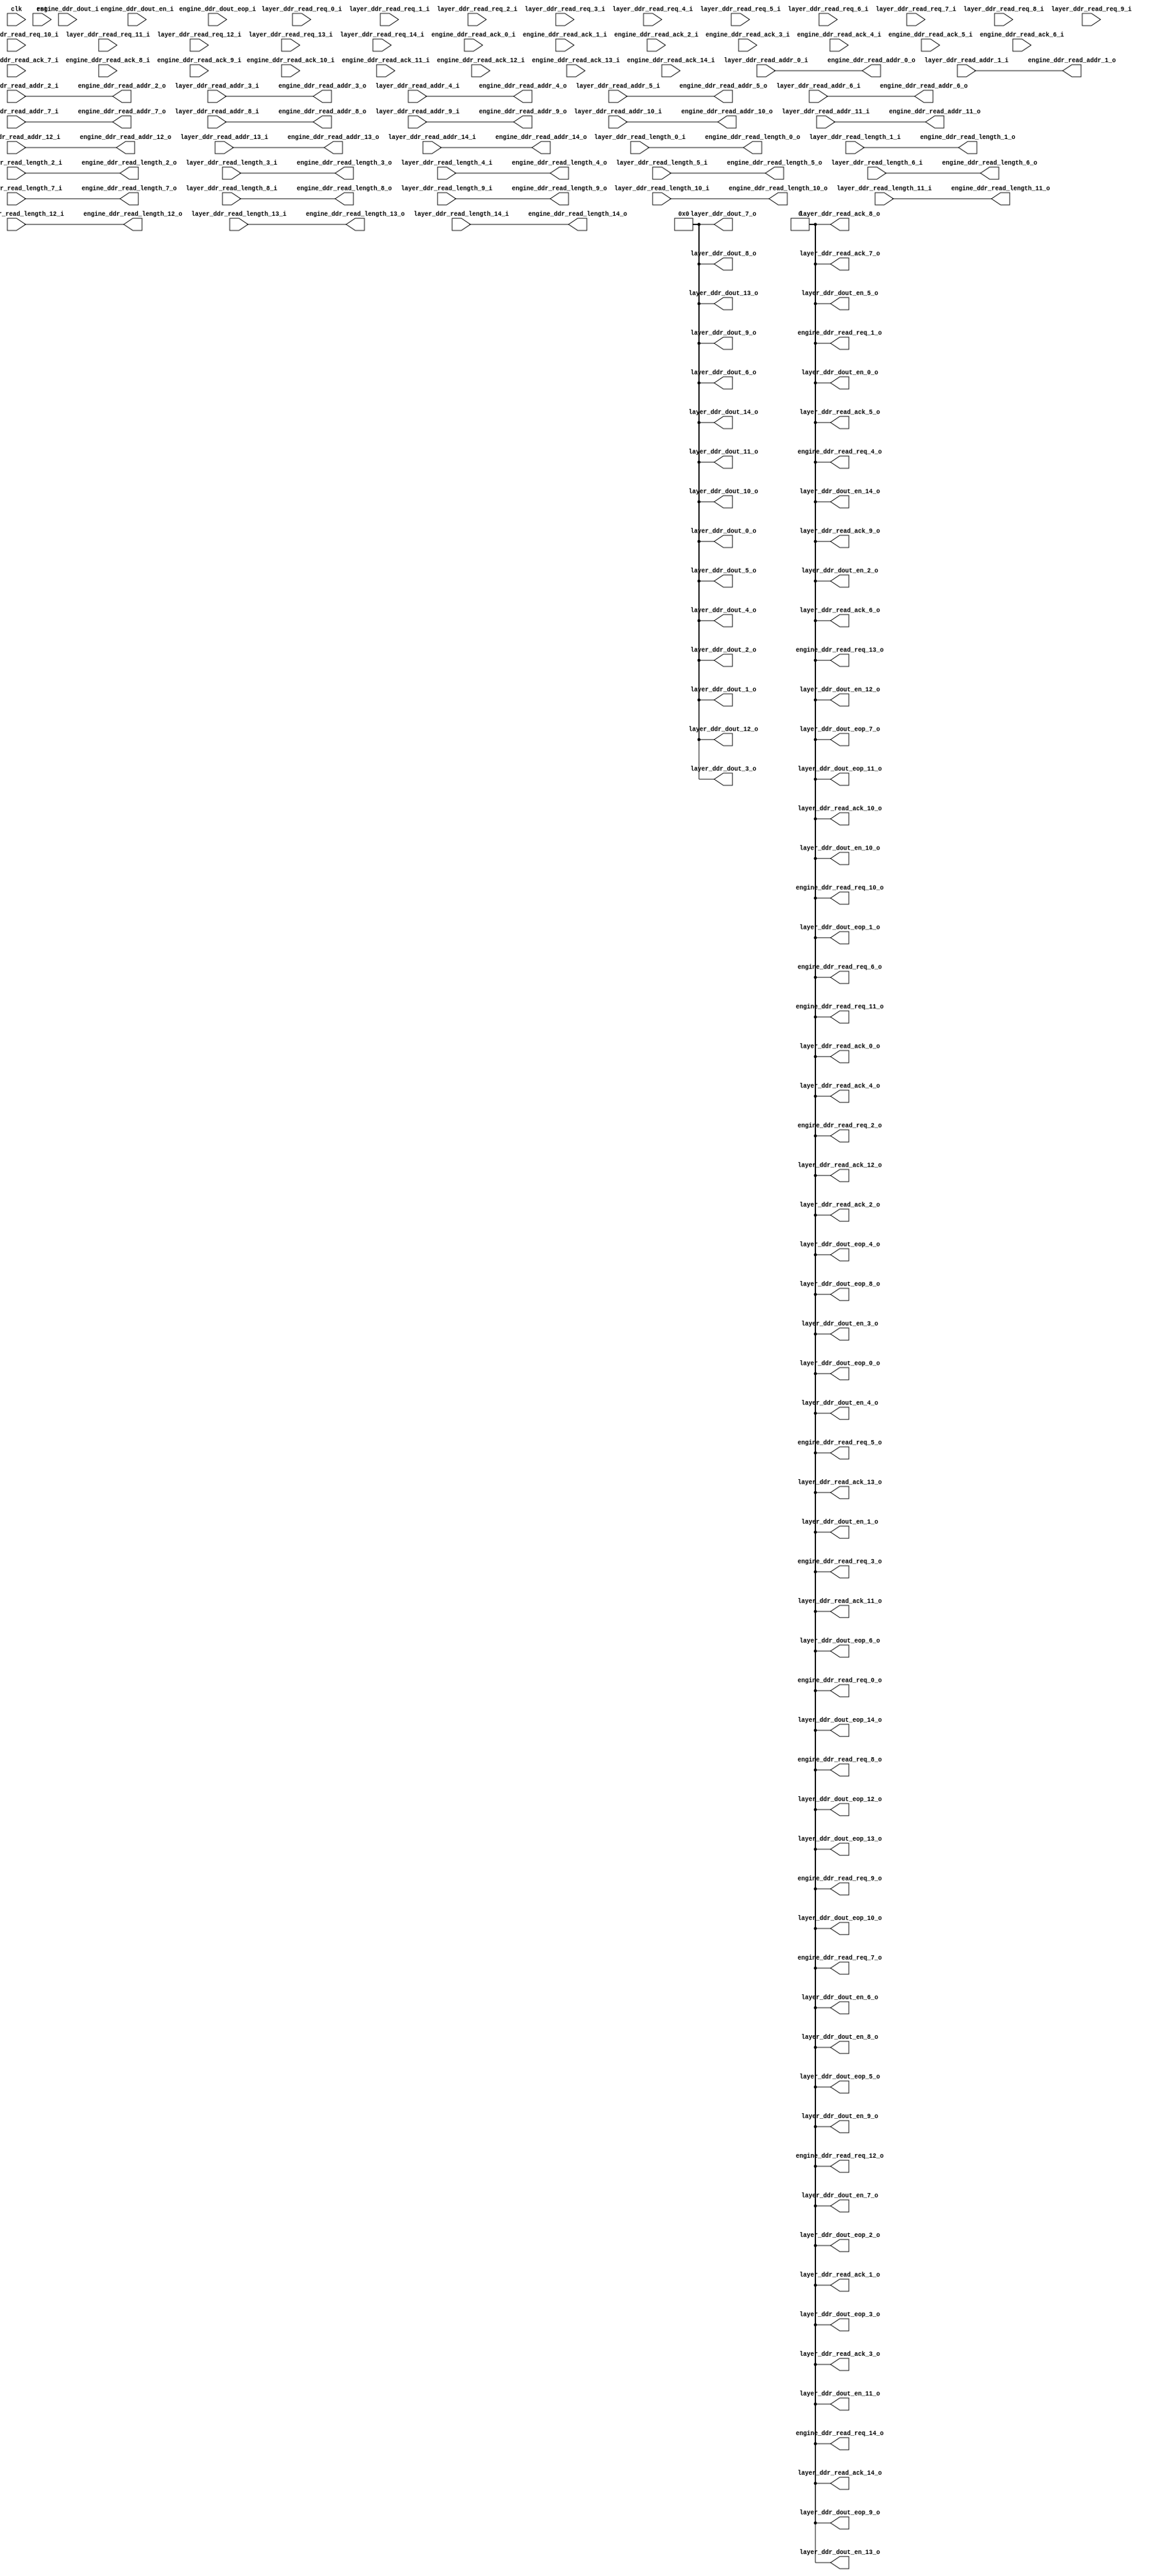
// This program was cloned from: https://github.com/IBM/AccDNN
// License: Apache License 2.0

module ddr_read_delay
(
    clk,
    rst,

    layer_ddr_read_req_0_i,
    layer_ddr_read_length_0_i,
    layer_ddr_read_addr_0_i,
    layer_ddr_read_ack_0_o,
    layer_ddr_dout_en_0_o,
    layer_ddr_dout_0_o,
    layer_ddr_dout_eop_0_o,

    layer_ddr_read_req_1_i,
    layer_ddr_read_length_1_i,
    layer_ddr_read_addr_1_i,
    layer_ddr_read_ack_1_o,
    layer_ddr_dout_en_1_o,
    layer_ddr_dout_1_o,
    layer_ddr_dout_eop_1_o,

    layer_ddr_read_req_2_i,
    layer_ddr_read_length_2_i,
    layer_ddr_read_addr_2_i,
    layer_ddr_read_ack_2_o,
    layer_ddr_dout_en_2_o,
    layer_ddr_dout_2_o,
    layer_ddr_dout_eop_2_o,

    layer_ddr_read_req_3_i,
    layer_ddr_read_length_3_i,
    layer_ddr_read_addr_3_i,
    layer_ddr_read_ack_3_o,
    layer_ddr_dout_en_3_o,
    layer_ddr_dout_3_o,
    layer_ddr_dout_eop_3_o,

    layer_ddr_read_req_4_i,
    layer_ddr_read_length_4_i,
    layer_ddr_read_addr_4_i,
    layer_ddr_read_ack_4_o,
    layer_ddr_dout_en_4_o,
    layer_ddr_dout_4_o,
    layer_ddr_dout_eop_4_o,

    layer_ddr_read_req_5_i,
    layer_ddr_read_length_5_i,
    layer_ddr_read_addr_5_i,
    layer_ddr_read_ack_5_o,
    layer_ddr_dout_en_5_o,
    layer_ddr_dout_5_o,
    layer_ddr_dout_eop_5_o,

    layer_ddr_read_req_6_i,
    layer_ddr_read_length_6_i,
    layer_ddr_read_addr_6_i,
    layer_ddr_read_ack_6_o,
    layer_ddr_dout_en_6_o,
    layer_ddr_dout_6_o,
    layer_ddr_dout_eop_6_o,

    layer_ddr_read_req_7_i,
    layer_ddr_read_length_7_i,
    layer_ddr_read_addr_7_i,
    layer_ddr_read_ack_7_o,
    layer_ddr_dout_en_7_o,
    layer_ddr_dout_7_o,
    layer_ddr_dout_eop_7_o,

    layer_ddr_read_req_8_i,
    layer_ddr_read_length_8_i,
    layer_ddr_read_addr_8_i,
    layer_ddr_read_ack_8_o,
    layer_ddr_dout_en_8_o,
    layer_ddr_dout_8_o,
    layer_ddr_dout_eop_8_o,

    layer_ddr_read_req_9_i,
    layer_ddr_read_length_9_i,
    layer_ddr_read_addr_9_i,
    layer_ddr_read_ack_9_o,
    layer_ddr_dout_en_9_o,
    layer_ddr_dout_9_o,
    layer_ddr_dout_eop_9_o,

    layer_ddr_read_req_10_i,
    layer_ddr_read_length_10_i,
    layer_ddr_read_addr_10_i,
    layer_ddr_read_ack_10_o,
    layer_ddr_dout_en_10_o,
    layer_ddr_dout_10_o,
    layer_ddr_dout_eop_10_o,

    layer_ddr_read_req_11_i,
    layer_ddr_read_length_11_i,
    layer_ddr_read_addr_11_i,
    layer_ddr_read_ack_11_o,
    layer_ddr_dout_en_11_o,
    layer_ddr_dout_11_o,
    layer_ddr_dout_eop_11_o,

    layer_ddr_read_req_12_i,
    layer_ddr_read_length_12_i,
    layer_ddr_read_addr_12_i,
    layer_ddr_read_ack_12_o,
    layer_ddr_dout_en_12_o,
    layer_ddr_dout_12_o,
    layer_ddr_dout_eop_12_o,

    layer_ddr_read_req_13_i,
    layer_ddr_read_length_13_i,
    layer_ddr_read_addr_13_i,
    layer_ddr_read_ack_13_o,
    layer_ddr_dout_en_13_o,
    layer_ddr_dout_13_o,
    layer_ddr_dout_eop_13_o,

    layer_ddr_read_req_14_i,
    layer_ddr_read_length_14_i,
    layer_ddr_read_addr_14_i,
    layer_ddr_read_ack_14_o,
    layer_ddr_dout_en_14_o,
    layer_ddr_dout_14_o,
    layer_ddr_dout_eop_14_o,


    engine_ddr_read_req_0_o,
    engine_ddr_read_length_0_o,
    engine_ddr_read_addr_0_o,
    engine_ddr_read_ack_0_i,

    engine_ddr_read_req_1_o,
    engine_ddr_read_length_1_o,
    engine_ddr_read_addr_1_o,
    engine_ddr_read_ack_1_i,

    engine_ddr_read_req_2_o,
    engine_ddr_read_length_2_o,
    engine_ddr_read_addr_2_o,
    engine_ddr_read_ack_2_i,

    engine_ddr_read_req_3_o,
    engine_ddr_read_length_3_o,
    engine_ddr_read_addr_3_o,
    engine_ddr_read_ack_3_i,

    engine_ddr_read_req_4_o,
    engine_ddr_read_length_4_o,
    engine_ddr_read_addr_4_o,
    engine_ddr_read_ack_4_i,

    engine_ddr_read_req_5_o,
    engine_ddr_read_length_5_o,
    engine_ddr_read_addr_5_o,
    engine_ddr_read_ack_5_i,

    engine_ddr_read_req_6_o,
    engine_ddr_read_length_6_o,
    engine_ddr_read_addr_6_o,
    engine_ddr_read_ack_6_i,

    engine_ddr_read_req_7_o,
    engine_ddr_read_length_7_o,
    engine_ddr_read_addr_7_o,
    engine_ddr_read_ack_7_i,

    engine_ddr_read_req_8_o,
    engine_ddr_read_length_8_o,
    engine_ddr_read_addr_8_o,
    engine_ddr_read_ack_8_i,

    engine_ddr_read_req_9_o,
    engine_ddr_read_length_9_o,
    engine_ddr_read_addr_9_o,
    engine_ddr_read_ack_9_i,

    engine_ddr_read_req_10_o,
    engine_ddr_read_length_10_o,
    engine_ddr_read_addr_10_o,
    engine_ddr_read_ack_10_i,

    engine_ddr_read_req_11_o,
    engine_ddr_read_length_11_o,
    engine_ddr_read_addr_11_o,
    engine_ddr_read_ack_11_i,

    engine_ddr_read_req_12_o,
    engine_ddr_read_length_12_o,
    engine_ddr_read_addr_12_o,
    engine_ddr_read_ack_12_i,

    engine_ddr_read_req_13_o,
    engine_ddr_read_length_13_o,
    engine_ddr_read_addr_13_o,
    engine_ddr_read_ack_13_i,

    engine_ddr_read_req_14_o,
    engine_ddr_read_length_14_o,
    engine_ddr_read_addr_14_o,
    engine_ddr_read_ack_14_i,

    engine_ddr_dout_en_i,
    engine_ddr_dout_i,
    engine_ddr_dout_eop_i
);

parameter   DDR_DATA_WIDTH      = 512;

parameter	delay_req_port0		= -1;
parameter	delay_req_port1		= -1;
parameter	delay_req_port2		= -1;
parameter	delay_req_port3		= -1;
parameter	delay_req_port4		= -1;
parameter	delay_req_port5		= -1;
parameter	delay_req_port6		= -1;
parameter	delay_req_port7		= -1;
parameter	delay_req_port8		= -1;
parameter	delay_req_port9		= -1;
parameter	delay_req_port10	= -1;
parameter	delay_req_port11	= -1;
parameter	delay_req_port12	= -1;
parameter	delay_req_port13	= -1;
parameter	delay_req_port14	= -1;

parameter	delay_dout_port0	= delay_req_port0;
parameter	delay_dout_port1	= delay_req_port1;
parameter	delay_dout_port2	= delay_req_port2;
parameter	delay_dout_port3	= delay_req_port3;
parameter	delay_dout_port4	= delay_req_port4;
parameter	delay_dout_port5	= delay_req_port5;
parameter	delay_dout_port6	= delay_req_port6;
parameter	delay_dout_port7	= delay_req_port7;
parameter	delay_dout_port8	= delay_req_port8;
parameter	delay_dout_port9	= delay_req_port9;
parameter	delay_dout_port10	= delay_req_port10;
parameter	delay_dout_port11	= delay_req_port11;
parameter	delay_dout_port12	= delay_req_port12;
parameter	delay_dout_port13	= delay_req_port13;
parameter	delay_dout_port14	= delay_req_port14;

input				clk;
input				rst;

input				layer_ddr_read_req_0_i;
input	[26:0]		layer_ddr_read_length_0_i;
input	[26:0]		layer_ddr_read_addr_0_i;
output				layer_ddr_read_ack_0_o;
output				layer_ddr_dout_en_0_o;
output	[DDR_DATA_WIDTH-1:0]		layer_ddr_dout_0_o;
output				layer_ddr_dout_eop_0_o;

input				layer_ddr_read_req_1_i;
input	[26:0]		layer_ddr_read_length_1_i;
input	[26:0]		layer_ddr_read_addr_1_i;
output				layer_ddr_read_ack_1_o;
output				layer_ddr_dout_en_1_o;
output	[DDR_DATA_WIDTH-1:0]		layer_ddr_dout_1_o;
output				layer_ddr_dout_eop_1_o;

input				layer_ddr_read_req_2_i;
input	[26:0]		layer_ddr_read_length_2_i;
input	[26:0]		layer_ddr_read_addr_2_i;
output				layer_ddr_read_ack_2_o;
output				layer_ddr_dout_en_2_o;
output	[DDR_DATA_WIDTH-1:0]		layer_ddr_dout_2_o;
output				layer_ddr_dout_eop_2_o;

input				layer_ddr_read_req_3_i;
input	[26:0]		layer_ddr_read_length_3_i;
input	[26:0]		layer_ddr_read_addr_3_i;
output				layer_ddr_read_ack_3_o;
output				layer_ddr_dout_en_3_o;
output	[DDR_DATA_WIDTH-1:0]		layer_ddr_dout_3_o;
output				layer_ddr_dout_eop_3_o;

input				layer_ddr_read_req_4_i;
input	[26:0]		layer_ddr_read_length_4_i;
input	[26:0]		layer_ddr_read_addr_4_i;
output				layer_ddr_read_ack_4_o;
output				layer_ddr_dout_en_4_o;
output	[DDR_DATA_WIDTH-1:0]		layer_ddr_dout_4_o;
output				layer_ddr_dout_eop_4_o;

input				layer_ddr_read_req_5_i;
input	[26:0]		layer_ddr_read_length_5_i;
input	[26:0]		layer_ddr_read_addr_5_i;
output				layer_ddr_read_ack_5_o;
output				layer_ddr_dout_en_5_o;
output	[DDR_DATA_WIDTH-1:0]		layer_ddr_dout_5_o;
output				layer_ddr_dout_eop_5_o;

input				layer_ddr_read_req_6_i;
input	[26:0]		layer_ddr_read_length_6_i;
input	[26:0]		layer_ddr_read_addr_6_i;
output				layer_ddr_read_ack_6_o;
output				layer_ddr_dout_en_6_o;
output	[DDR_DATA_WIDTH-1:0]		layer_ddr_dout_6_o;
output				layer_ddr_dout_eop_6_o;

input				layer_ddr_read_req_7_i;
input	[26:0]		layer_ddr_read_length_7_i;
input	[26:0]		layer_ddr_read_addr_7_i;
output				layer_ddr_read_ack_7_o;
output				layer_ddr_dout_en_7_o;
output	[DDR_DATA_WIDTH-1:0]		layer_ddr_dout_7_o;
output				layer_ddr_dout_eop_7_o;

input				layer_ddr_read_req_8_i;
input	[26:0]		layer_ddr_read_length_8_i;
input	[26:0]		layer_ddr_read_addr_8_i;
output				layer_ddr_read_ack_8_o;
output				layer_ddr_dout_en_8_o;
output	[DDR_DATA_WIDTH-1:0]		layer_ddr_dout_8_o;
output				layer_ddr_dout_eop_8_o;

input				layer_ddr_read_req_9_i;
input	[26:0]		layer_ddr_read_length_9_i;
input	[26:0]		layer_ddr_read_addr_9_i;
output				layer_ddr_read_ack_9_o;
output				layer_ddr_dout_en_9_o;
output	[DDR_DATA_WIDTH-1:0]		layer_ddr_dout_9_o;
output				layer_ddr_dout_eop_9_o;

input				layer_ddr_read_req_10_i;
input	[26:0]		layer_ddr_read_length_10_i;
input	[26:0]		layer_ddr_read_addr_10_i;
output				layer_ddr_read_ack_10_o;
output				layer_ddr_dout_en_10_o;
output	[DDR_DATA_WIDTH-1:0]		layer_ddr_dout_10_o;
output				layer_ddr_dout_eop_10_o;

input				layer_ddr_read_req_11_i;
input	[26:0]		layer_ddr_read_length_11_i;
input	[26:0]		layer_ddr_read_addr_11_i;
output				layer_ddr_read_ack_11_o;
output				layer_ddr_dout_en_11_o;
output	[DDR_DATA_WIDTH-1:0]		layer_ddr_dout_11_o;
output				layer_ddr_dout_eop_11_o;

input				layer_ddr_read_req_12_i;
input	[26:0]		layer_ddr_read_length_12_i;
input	[26:0]		layer_ddr_read_addr_12_i;
output				layer_ddr_read_ack_12_o;
output				layer_ddr_dout_en_12_o;
output	[DDR_DATA_WIDTH-1:0]		layer_ddr_dout_12_o;
output				layer_ddr_dout_eop_12_o;

input				layer_ddr_read_req_13_i;
input	[26:0]		layer_ddr_read_length_13_i;
input	[26:0]		layer_ddr_read_addr_13_i;
output				layer_ddr_read_ack_13_o;
output				layer_ddr_dout_en_13_o;
output	[DDR_DATA_WIDTH-1:0]		layer_ddr_dout_13_o;
output				layer_ddr_dout_eop_13_o;

input				layer_ddr_read_req_14_i;
input	[26:0]		layer_ddr_read_length_14_i;
input	[26:0]		layer_ddr_read_addr_14_i;
output				layer_ddr_read_ack_14_o;
output				layer_ddr_dout_en_14_o;
output	[DDR_DATA_WIDTH-1:0]		layer_ddr_dout_14_o;
output				layer_ddr_dout_eop_14_o;


output				engine_ddr_read_req_0_o;
output	[26:0]		engine_ddr_read_length_0_o;
(*mark_debug = "true"*)output	[26:0]		engine_ddr_read_addr_0_o;
input				engine_ddr_read_ack_0_i;

output				engine_ddr_read_req_1_o;
output	[26:0]		engine_ddr_read_length_1_o;
(*mark_debug = "true"*)output	[26:0]		engine_ddr_read_addr_1_o;
input				engine_ddr_read_ack_1_i;

output				engine_ddr_read_req_2_o;
output	[26:0]		engine_ddr_read_length_2_o;
(*mark_debug = "true"*)output	[26:0]		engine_ddr_read_addr_2_o;
input				engine_ddr_read_ack_2_i;

output				engine_ddr_read_req_3_o;
output	[26:0]		engine_ddr_read_length_3_o;
(*mark_debug = "true"*)output	[26:0]		engine_ddr_read_addr_3_o;
input				engine_ddr_read_ack_3_i;

output				engine_ddr_read_req_4_o;
output	[26:0]		engine_ddr_read_length_4_o;
(*mark_debug = "true"*)output	[26:0]		engine_ddr_read_addr_4_o;
input				engine_ddr_read_ack_4_i;

output				engine_ddr_read_req_5_o;
output	[26:0]		engine_ddr_read_length_5_o;
(*mark_debug = "true"*)output	[26:0]		engine_ddr_read_addr_5_o;
input				engine_ddr_read_ack_5_i;

output				engine_ddr_read_req_6_o;
output	[26:0]		engine_ddr_read_length_6_o;
(*mark_debug = "true"*)output	[26:0]		engine_ddr_read_addr_6_o;
input				engine_ddr_read_ack_6_i;

output				engine_ddr_read_req_7_o;
output	[26:0]		engine_ddr_read_length_7_o;
(*mark_debug = "true"*)output	[26:0]		engine_ddr_read_addr_7_o;
input				engine_ddr_read_ack_7_i;

output				engine_ddr_read_req_8_o;
output	[26:0]		engine_ddr_read_length_8_o;
(*mark_debug = "true"*)output	[26:0]		engine_ddr_read_addr_8_o;
input				engine_ddr_read_ack_8_i;

output				engine_ddr_read_req_9_o;
output	[26:0]		engine_ddr_read_length_9_o;
(*mark_debug = "true"*)output	[26:0]		engine_ddr_read_addr_9_o;
input				engine_ddr_read_ack_9_i;

output				engine_ddr_read_req_10_o;
output	[26:0]		engine_ddr_read_length_10_o;
(*mark_debug = "true"*)output	[26:0]		engine_ddr_read_addr_10_o;
input				engine_ddr_read_ack_10_i;

output				engine_ddr_read_req_11_o;
output	[26:0]		engine_ddr_read_length_11_o;
(*mark_debug = "true"*)output	[26:0]		engine_ddr_read_addr_11_o;
input				engine_ddr_read_ack_11_i;

output				engine_ddr_read_req_12_o;
output	[26:0]		engine_ddr_read_length_12_o;
(*mark_debug = "true"*)output	[26:0]		engine_ddr_read_addr_12_o;
input				engine_ddr_read_ack_12_i;

output				engine_ddr_read_req_13_o;
output	[26:0]		engine_ddr_read_length_13_o;
(*mark_debug = "true"*)output	[26:0]		engine_ddr_read_addr_13_o;
input				engine_ddr_read_ack_13_i;

output				engine_ddr_read_req_14_o;
output	[26:0]		engine_ddr_read_length_14_o;
(*mark_debug = "true"*)output	[26:0]		engine_ddr_read_addr_14_o;
input				engine_ddr_read_ack_14_i;

input	[15:0]		engine_ddr_dout_en_i;
input	[DDR_DATA_WIDTH-1:0]		engine_ddr_dout_i;
input				engine_ddr_dout_eop_i;


assign engine_ddr_read_length_0_o		= layer_ddr_read_length_0_i;
assign engine_ddr_read_length_1_o		= layer_ddr_read_length_1_i;
assign engine_ddr_read_length_2_o		= layer_ddr_read_length_2_i;
assign engine_ddr_read_length_3_o		= layer_ddr_read_length_3_i;
assign engine_ddr_read_length_4_o		= layer_ddr_read_length_4_i;
assign engine_ddr_read_length_5_o		= layer_ddr_read_length_5_i;
assign engine_ddr_read_length_6_o		= layer_ddr_read_length_6_i;
assign engine_ddr_read_length_7_o		= layer_ddr_read_length_7_i;
assign engine_ddr_read_length_8_o		= layer_ddr_read_length_8_i;
assign engine_ddr_read_length_9_o		= layer_ddr_read_length_9_i;
assign engine_ddr_read_length_10_o		= layer_ddr_read_length_10_i;
assign engine_ddr_read_length_11_o		= layer_ddr_read_length_11_i;
assign engine_ddr_read_length_12_o		= layer_ddr_read_length_12_i;
assign engine_ddr_read_length_13_o		= layer_ddr_read_length_13_i;
assign engine_ddr_read_length_14_o		= layer_ddr_read_length_14_i;

assign engine_ddr_read_addr_0_o	= layer_ddr_read_addr_0_i;
assign engine_ddr_read_addr_1_o	= layer_ddr_read_addr_1_i;
assign engine_ddr_read_addr_2_o	= layer_ddr_read_addr_2_i;
assign engine_ddr_read_addr_3_o	= layer_ddr_read_addr_3_i;
assign engine_ddr_read_addr_4_o	= layer_ddr_read_addr_4_i;
assign engine_ddr_read_addr_5_o	= layer_ddr_read_addr_5_i;
assign engine_ddr_read_addr_6_o	= layer_ddr_read_addr_6_i;
assign engine_ddr_read_addr_7_o	= layer_ddr_read_addr_7_i;
assign engine_ddr_read_addr_8_o	= layer_ddr_read_addr_8_i;
assign engine_ddr_read_addr_9_o	= layer_ddr_read_addr_9_i;
assign engine_ddr_read_addr_10_o	= layer_ddr_read_addr_10_i;
assign engine_ddr_read_addr_11_o	= layer_ddr_read_addr_11_i;
assign engine_ddr_read_addr_12_o	= layer_ddr_read_addr_12_i;
assign engine_ddr_read_addr_13_o	= layer_ddr_read_addr_13_i;
assign engine_ddr_read_addr_14_o	= layer_ddr_read_addr_14_i;






(*mark_debug = "true"*)reg		[14:0]		ddr_read_ack_d1;
(*mark_debug = "true"*)reg		[15:0]		ddr_dout_en_d1;
(*mark_debug = "true"*)reg		[DDR_DATA_WIDTH-1:0]		ddr_dout_d1;
(*mark_debug = "true"*)reg					ddr_dout_eop_d1;

(*mark_debug = "true"*)reg		[14:0]		ddr_read_ack_d2;
(*mark_debug = "true"*)reg		[15:0]		ddr_dout_en_d2;
(*mark_debug = "true"*)reg		[DDR_DATA_WIDTH-1:0]		ddr_dout_d2;
(*mark_debug = "true"*)reg					ddr_dout_eop_d2;

(*mark_debug = "true"*)reg		[14:0]		ddr_read_req_d1;
(*mark_debug = "true"*)reg		[14:0]		ddr_read_req_d2;

always @ (posedge clk)
begin
	ddr_dout_en_d1	<= engine_ddr_dout_en_i;
	ddr_dout_d1		<= engine_ddr_dout_i;
	ddr_dout_eop_d1	<= engine_ddr_dout_eop_i;

	ddr_dout_en_d2	<= ddr_dout_en_d1;
	ddr_dout_d2		<= ddr_dout_d1;
	ddr_dout_eop_d2	<= ddr_dout_eop_d1;
end



generate
	if (delay_req_port0 < 0) begin
		assign	engine_ddr_read_req_0_o	= 1'h0;
		assign	layer_ddr_read_ack_0_o	= 1'h0;
		assign	layer_ddr_dout_en_0_o	= 1'h0;
		assign	layer_ddr_dout_0_o		= {DDR_DATA_WIDTH{1'b0}};
		assign	layer_ddr_dout_eop_0_o	= 1'h0;
	end
	else if (delay_req_port0 == 0) begin
		assign	engine_ddr_read_req_0_o	= layer_ddr_read_req_0_i;
		assign	layer_ddr_read_ack_0_o	= engine_ddr_read_ack_0_i;
		assign	layer_ddr_dout_en_0_o	= engine_ddr_dout_en_i [0];
		assign	layer_ddr_dout_0_o		= engine_ddr_dout_i;
		assign	layer_ddr_dout_eop_0_o	= engine_ddr_dout_eop_i & engine_ddr_dout_en_i [0];
	end
	else if (delay_req_port0 == 1) begin
		always @ (posedge clk)
		begin
			ddr_read_req_d1 [0]	<= layer_ddr_read_req_0_i;
			ddr_read_ack_d1 [0]	<= engine_ddr_read_ack_0_i;
		end
		assign	engine_ddr_read_req_0_o	= ddr_read_req_d1 [0];
		assign	layer_ddr_read_ack_0_o	= ddr_read_ack_d1 [0];
		assign	layer_ddr_dout_en_0_o	= ddr_dout_en_d1 [0];
		assign	layer_ddr_dout_0_o		= ddr_dout_d1;
		assign	layer_ddr_dout_eop_0_o	= ddr_dout_eop_d1 & ddr_dout_en_d1 [0];
	end
	else if (delay_req_port0 == 2) begin
		always @ (posedge clk)
		begin
			ddr_read_req_d2 [0]	<= layer_ddr_read_req_0_i;
			ddr_read_req_d1 [0]	<= ddr_read_req_d2 [0];

			ddr_read_ack_d1 [0]	<= engine_ddr_read_ack_0_i;
			ddr_read_ack_d2 [0]	<= ddr_read_ack_d1 [0];
		end
		assign	engine_ddr_read_req_0_o	= ddr_read_req_d1 [0];
		assign	layer_ddr_read_ack_0_o	= ddr_read_ack_d2 [0];
		assign	layer_ddr_dout_en_0_o	= ddr_dout_en_d2 [0];
		assign	layer_ddr_dout_0_o		= ddr_dout_d2;
		assign	layer_ddr_dout_eop_0_o	= ddr_dout_eop_d2 & ddr_dout_en_d2 [0];
	end
endgenerate


generate
	if (delay_req_port1 < 0) begin
		assign	engine_ddr_read_req_1_o	= 1'h0;
		assign	layer_ddr_read_ack_1_o	= 1'h0;
		assign	layer_ddr_dout_en_1_o	= 1'h0;
		assign	layer_ddr_dout_1_o		= {DDR_DATA_WIDTH{1'b0}};
		assign	layer_ddr_dout_eop_1_o	= 1'h0;
	end
	else if (delay_req_port1 == 0) begin
		assign	engine_ddr_read_req_1_o	= layer_ddr_read_req_1_i;
		assign	layer_ddr_read_ack_1_o	= engine_ddr_read_ack_1_i;
		assign	layer_ddr_dout_en_1_o	= engine_ddr_dout_en_i [1];
		assign	layer_ddr_dout_1_o		= engine_ddr_dout_i;
		assign	layer_ddr_dout_eop_1_o	= engine_ddr_dout_eop_i & engine_ddr_dout_en_i [1];
	end
	else if (delay_req_port1 == 1) begin
		always @ (posedge clk)
		begin
			ddr_read_req_d1 [1]	<= layer_ddr_read_req_1_i;
			ddr_read_ack_d1 [1]	<= engine_ddr_read_ack_1_i;
		end
		assign	engine_ddr_read_req_1_o	= ddr_read_req_d1 [1];
		assign	layer_ddr_read_ack_1_o	= ddr_read_ack_d1 [1];
		assign	layer_ddr_dout_en_1_o	= ddr_dout_en_d1 [1];
		assign	layer_ddr_dout_1_o		= ddr_dout_d1;
		assign	layer_ddr_dout_eop_1_o	= ddr_dout_eop_d1 & ddr_dout_en_d1 [1];
	end
	else if (delay_req_port1 == 2) begin
		always @ (posedge clk)
		begin
			ddr_read_req_d2 [1]	<= layer_ddr_read_req_1_i;
			ddr_read_req_d1 [1]	<= ddr_read_req_d2 [1];

			ddr_read_ack_d1 [1]	<= engine_ddr_read_ack_1_i;
			ddr_read_ack_d2 [1]	<= ddr_read_ack_d1 [1];
		end
		assign	engine_ddr_read_req_1_o	= ddr_read_req_d1 [1];
		assign	layer_ddr_read_ack_1_o	= ddr_read_ack_d2 [1];
		assign	layer_ddr_dout_en_1_o	= ddr_dout_en_d2 [1];
		assign	layer_ddr_dout_1_o		= ddr_dout_d2;
		assign	layer_ddr_dout_eop_1_o	= ddr_dout_eop_d2 & ddr_dout_en_d2 [1];
	end
endgenerate


generate
	if (delay_req_port2 < 0) begin
		assign	engine_ddr_read_req_2_o	= 1'h0;
		assign	layer_ddr_read_ack_2_o	= 1'h0;
		assign	layer_ddr_dout_en_2_o	= 1'h0;
		assign	layer_ddr_dout_2_o		= {DDR_DATA_WIDTH{1'b0}};
		assign	layer_ddr_dout_eop_2_o	= 1'h0;
	end
	else if (delay_req_port2 == 0) begin
		assign	engine_ddr_read_req_2_o	= layer_ddr_read_req_2_i;
		assign	layer_ddr_read_ack_2_o	= engine_ddr_read_ack_2_i;
		assign	layer_ddr_dout_en_2_o	= engine_ddr_dout_en_i [2];
		assign	layer_ddr_dout_2_o		= engine_ddr_dout_i;
		assign	layer_ddr_dout_eop_2_o	= engine_ddr_dout_eop_i & engine_ddr_dout_en_i [2];
	end
	else if (delay_req_port2 == 1) begin
		always @ (posedge clk)
		begin
			ddr_read_req_d1 [2]	<= layer_ddr_read_req_2_i;
			ddr_read_ack_d1 [2]	<= engine_ddr_read_ack_2_i;
		end
		assign	engine_ddr_read_req_2_o	= ddr_read_req_d1 [2];
		assign	layer_ddr_read_ack_2_o	= ddr_read_ack_d1 [2];
		assign	layer_ddr_dout_en_2_o	= ddr_dout_en_d1 [2];
		assign	layer_ddr_dout_2_o		= ddr_dout_d1;
		assign	layer_ddr_dout_eop_2_o	= ddr_dout_eop_d1 & ddr_dout_en_d1 [2];
	end
	else if (delay_req_port2 == 2) begin
		always @ (posedge clk)
		begin
			ddr_read_req_d2 [2]	<= layer_ddr_read_req_2_i;
			ddr_read_req_d1 [2]	<= ddr_read_req_d2 [2];

			ddr_read_ack_d1 [2]	<= engine_ddr_read_ack_2_i;
			ddr_read_ack_d2 [2]	<= ddr_read_ack_d1 [2];
		end
		assign	engine_ddr_read_req_2_o	= ddr_read_req_d1 [2];
		assign	layer_ddr_read_ack_2_o	= ddr_read_ack_d2 [2];
		assign	layer_ddr_dout_en_2_o	= ddr_dout_en_d2 [2];
		assign	layer_ddr_dout_2_o		= ddr_dout_d2;
		assign	layer_ddr_dout_eop_2_o	= ddr_dout_eop_d2 & ddr_dout_en_d2 [2];
	end
endgenerate


generate
	if (delay_req_port3 < 0) begin
		assign	engine_ddr_read_req_3_o	= 1'h0;
		assign	layer_ddr_read_ack_3_o	= 1'h0;
		assign	layer_ddr_dout_en_3_o	= 1'h0;
		assign	layer_ddr_dout_3_o		= {DDR_DATA_WIDTH{1'b0}};
		assign	layer_ddr_dout_eop_3_o	= 1'h0;
	end
	else if (delay_req_port3 == 0) begin
		assign	engine_ddr_read_req_3_o	= layer_ddr_read_req_3_i;
		assign	layer_ddr_read_ack_3_o	= engine_ddr_read_ack_3_i;
		assign	layer_ddr_dout_en_3_o	= engine_ddr_dout_en_i [3];
		assign	layer_ddr_dout_3_o		= engine_ddr_dout_i;
		assign	layer_ddr_dout_eop_3_o	= engine_ddr_dout_eop_i & engine_ddr_dout_en_i [3];
	end
	else if (delay_req_port3 == 1) begin
		always @ (posedge clk)
		begin
			ddr_read_req_d1 [3]	<= layer_ddr_read_req_3_i;
			ddr_read_ack_d1 [3]	<= engine_ddr_read_ack_3_i;
		end
		assign	engine_ddr_read_req_3_o	= ddr_read_req_d1 [3];
		assign	layer_ddr_read_ack_3_o	= ddr_read_ack_d1 [3];
		assign	layer_ddr_dout_en_3_o	= ddr_dout_en_d1 [3];
		assign	layer_ddr_dout_3_o		= ddr_dout_d1;
		assign	layer_ddr_dout_eop_3_o	= ddr_dout_eop_d1 & ddr_dout_en_d1 [3];
	end
	else if (delay_req_port3 == 2) begin
		always @ (posedge clk)
		begin
			ddr_read_req_d2 [3]	<= layer_ddr_read_req_3_i;
			ddr_read_req_d1 [3]	<= ddr_read_req_d2 [3];

			ddr_read_ack_d1 [3]	<= engine_ddr_read_ack_3_i;
			ddr_read_ack_d2 [3]	<= ddr_read_ack_d1 [3];
		end
		assign	engine_ddr_read_req_3_o	= ddr_read_req_d1 [3];
		assign	layer_ddr_read_ack_3_o	= ddr_read_ack_d2 [3];
		assign	layer_ddr_dout_en_3_o	= ddr_dout_en_d2 [3];
		assign	layer_ddr_dout_3_o		= ddr_dout_d2;
		assign	layer_ddr_dout_eop_3_o	= ddr_dout_eop_d2 & ddr_dout_en_d2 [3];
	end
endgenerate


generate
	if (delay_req_port4 < 0) begin
		assign	engine_ddr_read_req_4_o	= 1'h0;
		assign	layer_ddr_read_ack_4_o	= 1'h0;
		assign	layer_ddr_dout_en_4_o	= 1'h0;
		assign	layer_ddr_dout_4_o		= {DDR_DATA_WIDTH{1'b0}};
		assign	layer_ddr_dout_eop_4_o	= 1'h0;
	end
	else if (delay_req_port4 == 0) begin
		assign	engine_ddr_read_req_4_o	= layer_ddr_read_req_4_i;
		assign	layer_ddr_read_ack_4_o	= engine_ddr_read_ack_4_i;
		assign	layer_ddr_dout_en_4_o	= engine_ddr_dout_en_i [4];
		assign	layer_ddr_dout_4_o		= engine_ddr_dout_i;
		assign	layer_ddr_dout_eop_4_o	= engine_ddr_dout_eop_i & engine_ddr_dout_en_i [4];
	end
	else if (delay_req_port4 == 1) begin
		always @ (posedge clk)
		begin
			ddr_read_req_d1 [4]	<= layer_ddr_read_req_4_i;
			ddr_read_ack_d1 [4]	<= engine_ddr_read_ack_4_i;
		end
		assign	engine_ddr_read_req_4_o	= ddr_read_req_d1 [4];
		assign	layer_ddr_read_ack_4_o	= ddr_read_ack_d1 [4];
		assign	layer_ddr_dout_en_4_o	= ddr_dout_en_d1 [4];
		assign	layer_ddr_dout_4_o		= ddr_dout_d1;
		assign	layer_ddr_dout_eop_4_o	= ddr_dout_eop_d1 & ddr_dout_en_d1 [4];
	end
	else if (delay_req_port4 == 2) begin
		always @ (posedge clk)
		begin
			ddr_read_req_d2 [4]	<= layer_ddr_read_req_4_i;
			ddr_read_req_d1 [4]	<= ddr_read_req_d2 [4];

			ddr_read_ack_d1 [4]	<= engine_ddr_read_ack_4_i;
			ddr_read_ack_d2 [4]	<= ddr_read_ack_d1 [4];
		end
		assign	engine_ddr_read_req_4_o	= ddr_read_req_d1 [4];
		assign	layer_ddr_read_ack_4_o	= ddr_read_ack_d2 [4];
		assign	layer_ddr_dout_en_4_o	= ddr_dout_en_d2 [4];
		assign	layer_ddr_dout_4_o		= ddr_dout_d2;
		assign	layer_ddr_dout_eop_4_o	= ddr_dout_eop_d2 & ddr_dout_en_d2 [4];
	end
endgenerate


generate
	if (delay_req_port5 < 0) begin
		assign	engine_ddr_read_req_5_o	= 1'h0;
		assign	layer_ddr_read_ack_5_o	= 1'h0;
		assign	layer_ddr_dout_en_5_o	= 1'h0;
		assign	layer_ddr_dout_5_o		= {DDR_DATA_WIDTH{1'b0}};
		assign	layer_ddr_dout_eop_5_o	= 1'h0;
	end
	else if (delay_req_port5 == 0) begin
		assign	engine_ddr_read_req_5_o	= layer_ddr_read_req_5_i;
		assign	layer_ddr_read_ack_5_o	= engine_ddr_read_ack_5_i;
		assign	layer_ddr_dout_en_5_o	= engine_ddr_dout_en_i [5];
		assign	layer_ddr_dout_5_o		= engine_ddr_dout_i;
		assign	layer_ddr_dout_eop_5_o	= engine_ddr_dout_eop_i & engine_ddr_dout_en_i [5];
	end
	else if (delay_req_port5 == 1) begin
		always @ (posedge clk)
		begin
			ddr_read_req_d1 [5]	<= layer_ddr_read_req_5_i;
			ddr_read_ack_d1 [5]	<= engine_ddr_read_ack_5_i;
		end
		assign	engine_ddr_read_req_5_o	= ddr_read_req_d1 [5];
		assign	layer_ddr_read_ack_5_o	= ddr_read_ack_d1 [5];
		assign	layer_ddr_dout_en_5_o	= ddr_dout_en_d1 [5];
		assign	layer_ddr_dout_5_o		= ddr_dout_d1;
		assign	layer_ddr_dout_eop_5_o	= ddr_dout_eop_d1 & ddr_dout_en_d1 [5];
	end
	else if (delay_req_port5 == 2) begin
		always @ (posedge clk)
		begin
			ddr_read_req_d2 [5]	<= layer_ddr_read_req_5_i;
			ddr_read_req_d1 [5]	<= ddr_read_req_d2 [5];

			ddr_read_ack_d1 [5]	<= engine_ddr_read_ack_5_i;
			ddr_read_ack_d2 [5]	<= ddr_read_ack_d1 [5];
		end
		assign	engine_ddr_read_req_5_o	= ddr_read_req_d1 [5];
		assign	layer_ddr_read_ack_5_o	= ddr_read_ack_d2 [5];
		assign	layer_ddr_dout_en_5_o	= ddr_dout_en_d2 [5];
		assign	layer_ddr_dout_5_o		= ddr_dout_d2;
		assign	layer_ddr_dout_eop_5_o	= ddr_dout_eop_d2 & ddr_dout_en_d2 [5];
	end
endgenerate


generate
	if (delay_req_port6 < 0) begin
		assign	engine_ddr_read_req_6_o	= 1'h0;
		assign	layer_ddr_read_ack_6_o	= 1'h0;
		assign	layer_ddr_dout_en_6_o	= 1'h0;
		assign	layer_ddr_dout_6_o		= {DDR_DATA_WIDTH{1'b0}};
		assign	layer_ddr_dout_eop_6_o	= 1'h0;
	end
	else if (delay_req_port6 == 0) begin
		assign	engine_ddr_read_req_6_o	= layer_ddr_read_req_6_i;
		assign	layer_ddr_read_ack_6_o	= engine_ddr_read_ack_6_i;
		assign	layer_ddr_dout_en_6_o	= engine_ddr_dout_en_i [6];
		assign	layer_ddr_dout_6_o		= engine_ddr_dout_i;
		assign	layer_ddr_dout_eop_6_o	= engine_ddr_dout_eop_i & engine_ddr_dout_en_i [6];
	end
	else if (delay_req_port6 == 1) begin
		always @ (posedge clk)
		begin
			ddr_read_req_d1 [6]	<= layer_ddr_read_req_6_i;
			ddr_read_ack_d1 [6]	<= engine_ddr_read_ack_6_i;
		end
		assign	engine_ddr_read_req_6_o	= ddr_read_req_d1 [6];
		assign	layer_ddr_read_ack_6_o	= ddr_read_ack_d1 [6];
		assign	layer_ddr_dout_en_6_o	= ddr_dout_en_d1 [6];
		assign	layer_ddr_dout_6_o		= ddr_dout_d1;
		assign	layer_ddr_dout_eop_6_o	= ddr_dout_eop_d1 & ddr_dout_en_d1 [6];
	end
	else if (delay_req_port6 == 2) begin
		always @ (posedge clk)
		begin
			ddr_read_req_d2 [6]	<= layer_ddr_read_req_6_i;
			ddr_read_req_d1 [6]	<= ddr_read_req_d2 [6];

			ddr_read_ack_d1 [6]	<= engine_ddr_read_ack_6_i;
			ddr_read_ack_d2 [6]	<= ddr_read_ack_d1 [6];
		end
		assign	engine_ddr_read_req_6_o	= ddr_read_req_d1 [6];
		assign	layer_ddr_read_ack_6_o	= ddr_read_ack_d2 [6];
		assign	layer_ddr_dout_en_6_o	= ddr_dout_en_d2 [6];
		assign	layer_ddr_dout_6_o		= ddr_dout_d2;
		assign	layer_ddr_dout_eop_6_o	= ddr_dout_eop_d2 & ddr_dout_en_d2 [6];
	end
endgenerate


generate
	if (delay_req_port7 < 0) begin
		assign	engine_ddr_read_req_7_o	= 1'h0;
		assign	layer_ddr_read_ack_7_o	= 1'h0;
		assign	layer_ddr_dout_en_7_o	= 1'h0;
		assign	layer_ddr_dout_7_o		= {DDR_DATA_WIDTH{1'b0}};
		assign	layer_ddr_dout_eop_7_o	= 1'h0;
	end
	else if (delay_req_port7 == 0) begin
		assign	engine_ddr_read_req_7_o	= layer_ddr_read_req_7_i;
		assign	layer_ddr_read_ack_7_o	= engine_ddr_read_ack_7_i;
		assign	layer_ddr_dout_en_7_o	= engine_ddr_dout_en_i [7];
		assign	layer_ddr_dout_7_o		= engine_ddr_dout_i;
		assign	layer_ddr_dout_eop_7_o	= engine_ddr_dout_eop_i & engine_ddr_dout_en_i [7];
	end
	else if (delay_req_port7 == 1) begin
		always @ (posedge clk)
		begin
			ddr_read_req_d1 [7]	<= layer_ddr_read_req_7_i;
			ddr_read_ack_d1 [7]	<= engine_ddr_read_ack_7_i;
		end
		assign	engine_ddr_read_req_7_o	= ddr_read_req_d1 [7];
		assign	layer_ddr_read_ack_7_o	= ddr_read_ack_d1 [7];
		assign	layer_ddr_dout_en_7_o	= ddr_dout_en_d1 [7];
		assign	layer_ddr_dout_7_o		= ddr_dout_d1;
		assign	layer_ddr_dout_eop_7_o	= ddr_dout_eop_d1 & ddr_dout_en_d1 [7];
	end
	else if (delay_req_port7 == 2) begin
		always @ (posedge clk)
		begin
			ddr_read_req_d2 [7]	<= layer_ddr_read_req_7_i;
			ddr_read_req_d1 [7]	<= ddr_read_req_d2 [7];

			ddr_read_ack_d1 [7]	<= engine_ddr_read_ack_7_i;
			ddr_read_ack_d2 [7]	<= ddr_read_ack_d1 [7];
		end
		assign	engine_ddr_read_req_7_o	= ddr_read_req_d1 [7];
		assign	layer_ddr_read_ack_7_o	= ddr_read_ack_d2 [7];
		assign	layer_ddr_dout_en_7_o	= ddr_dout_en_d2 [7];
		assign	layer_ddr_dout_7_o		= ddr_dout_d2;
		assign	layer_ddr_dout_eop_7_o	= ddr_dout_eop_d2 & ddr_dout_en_d2 [7];
	end
endgenerate


generate
	if (delay_req_port8 < 0) begin
		assign	engine_ddr_read_req_8_o	= 1'h0;
		assign	layer_ddr_read_ack_8_o	= 1'h0;
		assign	layer_ddr_dout_en_8_o	= 1'h0;
		assign	layer_ddr_dout_8_o		= {DDR_DATA_WIDTH{1'b0}};
		assign	layer_ddr_dout_eop_8_o	= 1'h0;
	end
	else if (delay_req_port8 == 0) begin
		assign	engine_ddr_read_req_8_o	= layer_ddr_read_req_8_i;
		assign	layer_ddr_read_ack_8_o	= engine_ddr_read_ack_8_i;
		assign	layer_ddr_dout_en_8_o	= engine_ddr_dout_en_i [8];
		assign	layer_ddr_dout_8_o		= engine_ddr_dout_i;
		assign	layer_ddr_dout_eop_8_o	= engine_ddr_dout_eop_i & engine_ddr_dout_en_i [8];
	end
	else if (delay_req_port8 == 1) begin
		always @ (posedge clk)
		begin
			ddr_read_req_d1 [8]	<= layer_ddr_read_req_8_i;
			ddr_read_ack_d1 [8]	<= engine_ddr_read_ack_8_i;
		end
		assign	engine_ddr_read_req_8_o	= ddr_read_req_d1 [8];
		assign	layer_ddr_read_ack_8_o	= ddr_read_ack_d1 [8];
		assign	layer_ddr_dout_en_8_o	= ddr_dout_en_d1 [8];
		assign	layer_ddr_dout_8_o		= ddr_dout_d1;
		assign	layer_ddr_dout_eop_8_o	= ddr_dout_eop_d1 & ddr_dout_en_d1 [8];
	end
	else if (delay_req_port8 == 2) begin
		always @ (posedge clk)
		begin
			ddr_read_req_d2 [8]	<= layer_ddr_read_req_8_i;
			ddr_read_req_d1 [8]	<= ddr_read_req_d2 [8];

			ddr_read_ack_d1 [8]	<= engine_ddr_read_ack_8_i;
			ddr_read_ack_d2 [8]	<= ddr_read_ack_d1 [8];
		end
		assign	engine_ddr_read_req_8_o	= ddr_read_req_d1 [8];
		assign	layer_ddr_read_ack_8_o	= ddr_read_ack_d2 [8];
		assign	layer_ddr_dout_en_8_o	= ddr_dout_en_d2 [8];
		assign	layer_ddr_dout_8_o		= ddr_dout_d2;
		assign	layer_ddr_dout_eop_8_o	= ddr_dout_eop_d2 & ddr_dout_en_d2 [8];
	end
endgenerate


generate
	if (delay_req_port9 < 0) begin
		assign	engine_ddr_read_req_9_o	= 1'h0;
		assign	layer_ddr_read_ack_9_o	= 1'h0;
		assign	layer_ddr_dout_en_9_o	= 1'h0;
		assign	layer_ddr_dout_9_o		= {DDR_DATA_WIDTH{1'b0}};
		assign	layer_ddr_dout_eop_9_o	= 1'h0;
	end
	else if (delay_req_port9 == 0) begin
		assign	engine_ddr_read_req_9_o	= layer_ddr_read_req_9_i;
		assign	layer_ddr_read_ack_9_o	= engine_ddr_read_ack_9_i;
		assign	layer_ddr_dout_en_9_o	= engine_ddr_dout_en_i [9];
		assign	layer_ddr_dout_9_o		= engine_ddr_dout_i;
		assign	layer_ddr_dout_eop_9_o	= engine_ddr_dout_eop_i & engine_ddr_dout_en_i [9];
	end
	else if (delay_req_port9 == 1) begin
		always @ (posedge clk)
		begin
			ddr_read_req_d1 [9]	<= layer_ddr_read_req_9_i;
			ddr_read_ack_d1 [9]	<= engine_ddr_read_ack_9_i;
		end
		assign	engine_ddr_read_req_9_o	= ddr_read_req_d1 [9];
		assign	layer_ddr_read_ack_9_o	= ddr_read_ack_d1 [9];
		assign	layer_ddr_dout_en_9_o	= ddr_dout_en_d1 [9];
		assign	layer_ddr_dout_9_o		= ddr_dout_d1;
		assign	layer_ddr_dout_eop_9_o	= ddr_dout_eop_d1 & ddr_dout_en_d1 [9];
	end
	else if (delay_req_port9 == 2) begin
		always @ (posedge clk)
		begin
			ddr_read_req_d2 [9]	<= layer_ddr_read_req_9_i;
			ddr_read_req_d1 [9]	<= ddr_read_req_d2 [9];

			ddr_read_ack_d1 [9]	<= engine_ddr_read_ack_9_i;
			ddr_read_ack_d2 [9]	<= ddr_read_ack_d1 [9];
		end
		assign	engine_ddr_read_req_9_o	= ddr_read_req_d1 [9];
		assign	layer_ddr_read_ack_9_o	= ddr_read_ack_d2 [9];
		assign	layer_ddr_dout_en_9_o	= ddr_dout_en_d2 [9];
		assign	layer_ddr_dout_9_o		= ddr_dout_d2;
		assign	layer_ddr_dout_eop_9_o	= ddr_dout_eop_d2 & ddr_dout_en_d2 [9];
	end
endgenerate


generate
	if (delay_req_port10 < 0) begin
		assign	engine_ddr_read_req_10_o	= 1'h0;
		assign	layer_ddr_read_ack_10_o	= 1'h0;
		assign	layer_ddr_dout_en_10_o	= 1'h0;
		assign	layer_ddr_dout_10_o		= {DDR_DATA_WIDTH{1'b0}};
		assign	layer_ddr_dout_eop_10_o	= 1'h0;
	end
	else if (delay_req_port10 == 0) begin
		assign	engine_ddr_read_req_10_o	= layer_ddr_read_req_10_i;
		assign	layer_ddr_read_ack_10_o	= engine_ddr_read_ack_10_i;
		assign	layer_ddr_dout_en_10_o	= engine_ddr_dout_en_i [10];
		assign	layer_ddr_dout_10_o		= engine_ddr_dout_i;
		assign	layer_ddr_dout_eop_10_o	= engine_ddr_dout_eop_i & engine_ddr_dout_en_i [10];
	end
	else if (delay_req_port10 == 1) begin
		always @ (posedge clk)
		begin
			ddr_read_req_d1 [10]	<= layer_ddr_read_req_10_i;
			ddr_read_ack_d1 [10]	<= engine_ddr_read_ack_10_i;
		end
		assign	engine_ddr_read_req_10_o	= ddr_read_req_d1 [10];
		assign	layer_ddr_read_ack_10_o	= ddr_read_ack_d1 [10];
		assign	layer_ddr_dout_en_10_o	= ddr_dout_en_d1 [10];
		assign	layer_ddr_dout_10_o		= ddr_dout_d1;
		assign	layer_ddr_dout_eop_10_o	= ddr_dout_eop_d1 & ddr_dout_en_d1 [10];
	end
	else if (delay_req_port10 == 2) begin
		always @ (posedge clk)
		begin
			ddr_read_req_d2 [10]	<= layer_ddr_read_req_10_i;
			ddr_read_req_d1 [10]	<= ddr_read_req_d2 [10];

			ddr_read_ack_d1 [10]	<= engine_ddr_read_ack_10_i;
			ddr_read_ack_d2 [10]	<= ddr_read_ack_d1 [10];
		end
		assign	engine_ddr_read_req_10_o	= ddr_read_req_d1 [10];
		assign	layer_ddr_read_ack_10_o	= ddr_read_ack_d2 [10];
		assign	layer_ddr_dout_en_10_o	= ddr_dout_en_d2 [10];
		assign	layer_ddr_dout_10_o		= ddr_dout_d2;
		assign	layer_ddr_dout_eop_10_o	= ddr_dout_eop_d2 & ddr_dout_en_d2 [10];
	end
endgenerate


generate
	if (delay_req_port11 < 0) begin
		assign	engine_ddr_read_req_11_o	= 1'h0;
		assign	layer_ddr_read_ack_11_o	= 1'h0;
		assign	layer_ddr_dout_en_11_o	= 1'h0;
		assign	layer_ddr_dout_11_o		= {DDR_DATA_WIDTH{1'b0}};
		assign	layer_ddr_dout_eop_11_o	= 1'h0;
	end
	else if (delay_req_port11 == 0) begin
		assign	engine_ddr_read_req_11_o	= layer_ddr_read_req_11_i;
		assign	layer_ddr_read_ack_11_o	= engine_ddr_read_ack_11_i;
		assign	layer_ddr_dout_en_11_o	= engine_ddr_dout_en_i [11];
		assign	layer_ddr_dout_11_o		= engine_ddr_dout_i;
		assign	layer_ddr_dout_eop_11_o	= engine_ddr_dout_eop_i & engine_ddr_dout_en_i [11];
	end
	else if (delay_req_port11 == 1) begin
		always @ (posedge clk)
		begin
			ddr_read_req_d1 [11]	<= layer_ddr_read_req_11_i;
			ddr_read_ack_d1 [11]	<= engine_ddr_read_ack_11_i;
		end
		assign	engine_ddr_read_req_11_o	= ddr_read_req_d1 [11];
		assign	layer_ddr_read_ack_11_o	= ddr_read_ack_d1 [11];
		assign	layer_ddr_dout_en_11_o	= ddr_dout_en_d1 [11];
		assign	layer_ddr_dout_11_o		= ddr_dout_d1;
		assign	layer_ddr_dout_eop_11_o	= ddr_dout_eop_d1 & ddr_dout_en_d1 [11];
	end
	else if (delay_req_port11 == 2) begin
		always @ (posedge clk)
		begin
			ddr_read_req_d2 [11]	<= layer_ddr_read_req_11_i;
			ddr_read_req_d1 [11]	<= ddr_read_req_d2 [11];

			ddr_read_ack_d1 [11]	<= engine_ddr_read_ack_11_i;
			ddr_read_ack_d2 [11]	<= ddr_read_ack_d1 [11];
		end
		assign	engine_ddr_read_req_11_o	= ddr_read_req_d1 [11];
		assign	layer_ddr_read_ack_11_o	= ddr_read_ack_d2 [11];
		assign	layer_ddr_dout_en_11_o	= ddr_dout_en_d2 [11];
		assign	layer_ddr_dout_11_o		= ddr_dout_d2;
		assign	layer_ddr_dout_eop_11_o	= ddr_dout_eop_d2 & ddr_dout_en_d2 [11];
	end
endgenerate


generate
	if (delay_req_port12 < 0) begin
		assign	engine_ddr_read_req_12_o	= 1'h0;
		assign	layer_ddr_read_ack_12_o	= 1'h0;
		assign	layer_ddr_dout_en_12_o	= 1'h0;
		assign	layer_ddr_dout_12_o		= {DDR_DATA_WIDTH{1'b0}};
		assign	layer_ddr_dout_eop_12_o	= 1'h0;
	end
	else if (delay_req_port12 == 0) begin
		assign	engine_ddr_read_req_12_o	= layer_ddr_read_req_12_i;
		assign	layer_ddr_read_ack_12_o	= engine_ddr_read_ack_12_i;
		assign	layer_ddr_dout_en_12_o	= engine_ddr_dout_en_i [12];
		assign	layer_ddr_dout_12_o		= engine_ddr_dout_i;
		assign	layer_ddr_dout_eop_12_o	= engine_ddr_dout_eop_i & engine_ddr_dout_en_i [12];
	end
	else if (delay_req_port12 == 1) begin
		always @ (posedge clk)
		begin
			ddr_read_req_d1 [12]	<= layer_ddr_read_req_12_i;
			ddr_read_ack_d1 [12]	<= engine_ddr_read_ack_12_i;
		end
		assign	engine_ddr_read_req_12_o	= ddr_read_req_d1 [12];
		assign	layer_ddr_read_ack_12_o	= ddr_read_ack_d1 [12];
		assign	layer_ddr_dout_en_12_o	= ddr_dout_en_d1 [12];
		assign	layer_ddr_dout_12_o		= ddr_dout_d1;
		assign	layer_ddr_dout_eop_12_o	= ddr_dout_eop_d1 & ddr_dout_en_d1 [12];
	end
	else if (delay_req_port12 == 2) begin
		always @ (posedge clk)
		begin
			ddr_read_req_d2 [12]	<= layer_ddr_read_req_12_i;
			ddr_read_req_d1 [12]	<= ddr_read_req_d2 [12];

			ddr_read_ack_d1 [12]	<= engine_ddr_read_ack_12_i;
			ddr_read_ack_d2 [12]	<= ddr_read_ack_d1 [12];
		end
		assign	engine_ddr_read_req_12_o	= ddr_read_req_d1 [12];
		assign	layer_ddr_read_ack_12_o	= ddr_read_ack_d2 [12];
		assign	layer_ddr_dout_en_12_o	= ddr_dout_en_d2 [12];
		assign	layer_ddr_dout_12_o		= ddr_dout_d2;
		assign	layer_ddr_dout_eop_12_o	= ddr_dout_eop_d2 & ddr_dout_en_d2 [12];
	end
endgenerate


generate
	if (delay_req_port13 < 0) begin
		assign	engine_ddr_read_req_13_o	= 1'h0;
		assign	layer_ddr_read_ack_13_o	= 1'h0;
		assign	layer_ddr_dout_en_13_o	= 1'h0;
		assign	layer_ddr_dout_13_o		= {DDR_DATA_WIDTH{1'b0}};
		assign	layer_ddr_dout_eop_13_o	= 1'h0;
	end
	else if (delay_req_port13 == 0) begin
		assign	engine_ddr_read_req_13_o	= layer_ddr_read_req_13_i;
		assign	layer_ddr_read_ack_13_o	= engine_ddr_read_ack_13_i;
		assign	layer_ddr_dout_en_13_o	= engine_ddr_dout_en_i [13];
		assign	layer_ddr_dout_13_o		= engine_ddr_dout_i;
		assign	layer_ddr_dout_eop_13_o	= engine_ddr_dout_eop_i & engine_ddr_dout_en_i [13];
	end
	else if (delay_req_port13 == 1) begin
		always @ (posedge clk)
		begin
			ddr_read_req_d1 [13]	<= layer_ddr_read_req_13_i;
			ddr_read_ack_d1 [13]	<= engine_ddr_read_ack_13_i;
		end
		assign	engine_ddr_read_req_13_o	= ddr_read_req_d1 [13];
		assign	layer_ddr_read_ack_13_o	= ddr_read_ack_d1 [13];
		assign	layer_ddr_dout_en_13_o	= ddr_dout_en_d1 [13];
		assign	layer_ddr_dout_13_o		= ddr_dout_d1;
		assign	layer_ddr_dout_eop_13_o	= ddr_dout_eop_d1 & ddr_dout_en_d1 [13];
	end
	else if (delay_req_port13 == 2) begin
		always @ (posedge clk)
		begin
			ddr_read_req_d2 [13]	<= layer_ddr_read_req_13_i;
			ddr_read_req_d1 [13]	<= ddr_read_req_d2 [13];

			ddr_read_ack_d1 [13]	<= engine_ddr_read_ack_13_i;
			ddr_read_ack_d2 [13]	<= ddr_read_ack_d1 [13];
		end
		assign	engine_ddr_read_req_13_o	= ddr_read_req_d1 [13];
		assign	layer_ddr_read_ack_13_o	= ddr_read_ack_d2 [13];
		assign	layer_ddr_dout_en_13_o	= ddr_dout_en_d2 [13];
		assign	layer_ddr_dout_13_o		= ddr_dout_d2;
		assign	layer_ddr_dout_eop_13_o	= ddr_dout_eop_d2 & ddr_dout_en_d2 [13];
	end
endgenerate


generate
	if (delay_req_port14 < 0) begin
		assign	engine_ddr_read_req_14_o	= 1'h0;
		assign	layer_ddr_read_ack_14_o	= 1'h0;
		assign	layer_ddr_dout_en_14_o	= 1'h0;
		assign	layer_ddr_dout_14_o		= {DDR_DATA_WIDTH{1'b0}};
		assign	layer_ddr_dout_eop_14_o	= 1'h0;
	end
	else if (delay_req_port14 == 0) begin
		assign	engine_ddr_read_req_14_o	= layer_ddr_read_req_14_i;
		assign	layer_ddr_read_ack_14_o	= engine_ddr_read_ack_14_i;
		assign	layer_ddr_dout_en_14_o	= engine_ddr_dout_en_i [14];
		assign	layer_ddr_dout_14_o		= engine_ddr_dout_i;
		assign	layer_ddr_dout_eop_14_o	= engine_ddr_dout_eop_i & engine_ddr_dout_en_i [14];
	end
	else if (delay_req_port14 == 1) begin
		always @ (posedge clk)
		begin
			ddr_read_req_d1 [14]	<= layer_ddr_read_req_14_i;
			ddr_read_ack_d1 [14]	<= engine_ddr_read_ack_14_i;
		end
		assign	engine_ddr_read_req_14_o	= ddr_read_req_d1 [14];
		assign	layer_ddr_read_ack_14_o	= ddr_read_ack_d1 [14];
		assign	layer_ddr_dout_en_14_o	= ddr_dout_en_d1 [14];
		assign	layer_ddr_dout_14_o		= ddr_dout_d1;
		assign	layer_ddr_dout_eop_14_o	= ddr_dout_eop_d1 & ddr_dout_en_d1 [14];
	end
	else if (delay_req_port14 == 2) begin
		always @ (posedge clk)
		begin
			ddr_read_req_d2 [14]	<= layer_ddr_read_req_14_i;
			ddr_read_req_d1 [14]	<= ddr_read_req_d2 [14];

			ddr_read_ack_d1 [14]	<= engine_ddr_read_ack_14_i;
			ddr_read_ack_d2 [14]	<= ddr_read_ack_d1 [14];
		end
		assign	engine_ddr_read_req_14_o	= ddr_read_req_d1 [14];
		assign	layer_ddr_read_ack_14_o	= ddr_read_ack_d2 [14];
		assign	layer_ddr_dout_en_14_o	= ddr_dout_en_d2 [14];
		assign	layer_ddr_dout_14_o		= ddr_dout_d2;
		assign	layer_ddr_dout_eop_14_o	= ddr_dout_eop_d2 & ddr_dout_en_d2 [14];
	end
endgenerate

// Following constaints must be dynamically added to the xdc file after the
// delay of each port is determined.

// for i in range (0,15) :
//	if delay_req_portXXX >= 0 :
//		print "set_multicycle_path -from [get_nets {a0/afu0/acc_module/u_module/u_ddr_read_delay/engine_ddr_read_addr_%s_o[*]}] -setup %d" % (i, 2+delay_req_portXXX)
//		print "set_multicycle_path -from [get_nets {a0/afu0/acc_module/u_module/u_ddr_read_delay/engine_ddr_read_addr_%s_o[*]}] -hold 1" % i
//		print ""


endmodule